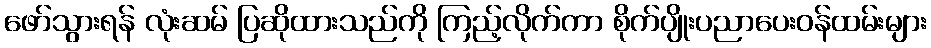
ဖော်သွားရန် လုံးဆမ် ပြဆိုထားသည်ကို ကြည့်လိုက်ကာ စိုက်ပျိုးပညာပေးဝန်ထမ်းများ